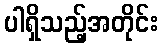
ပါရှိသည့်အတိုင်း